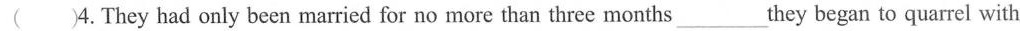
()4.They had only been married for no more than three months___they began to quarrel with